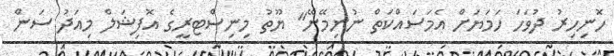
ހޮނިހިރު ދުވަހަ ހަމަޔަށް އެމަސައްކަތް ނުނިމޭނޭ" ޔޫތު މިނިސްޓރީގެ އޮފިޝަލް މިއަދު ސަން